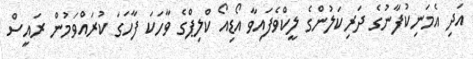
އަދި އެމަނިކުފާނުގެ ދަރިކަލުންގެ ލީކްވެފައިވާ އޯޑިއޯ ކްލިޕްގެ ވާހަކަ ފާހަގަ ކުރައްވަމުން ރައީސް